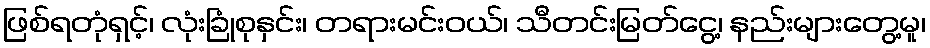
ဖြစ်ရတုံရှင့်၊ လုံးခြုံစုနှင်း၊ တရားမင်းဝယ်၊ သီတင်းမြတ်ငွေ့၊ နည်းများတွေ့မူ၊